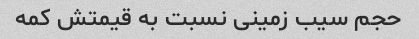
حجم سیب زمینی نسبت به قیمتش کمه